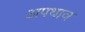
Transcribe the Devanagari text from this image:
अपधाव